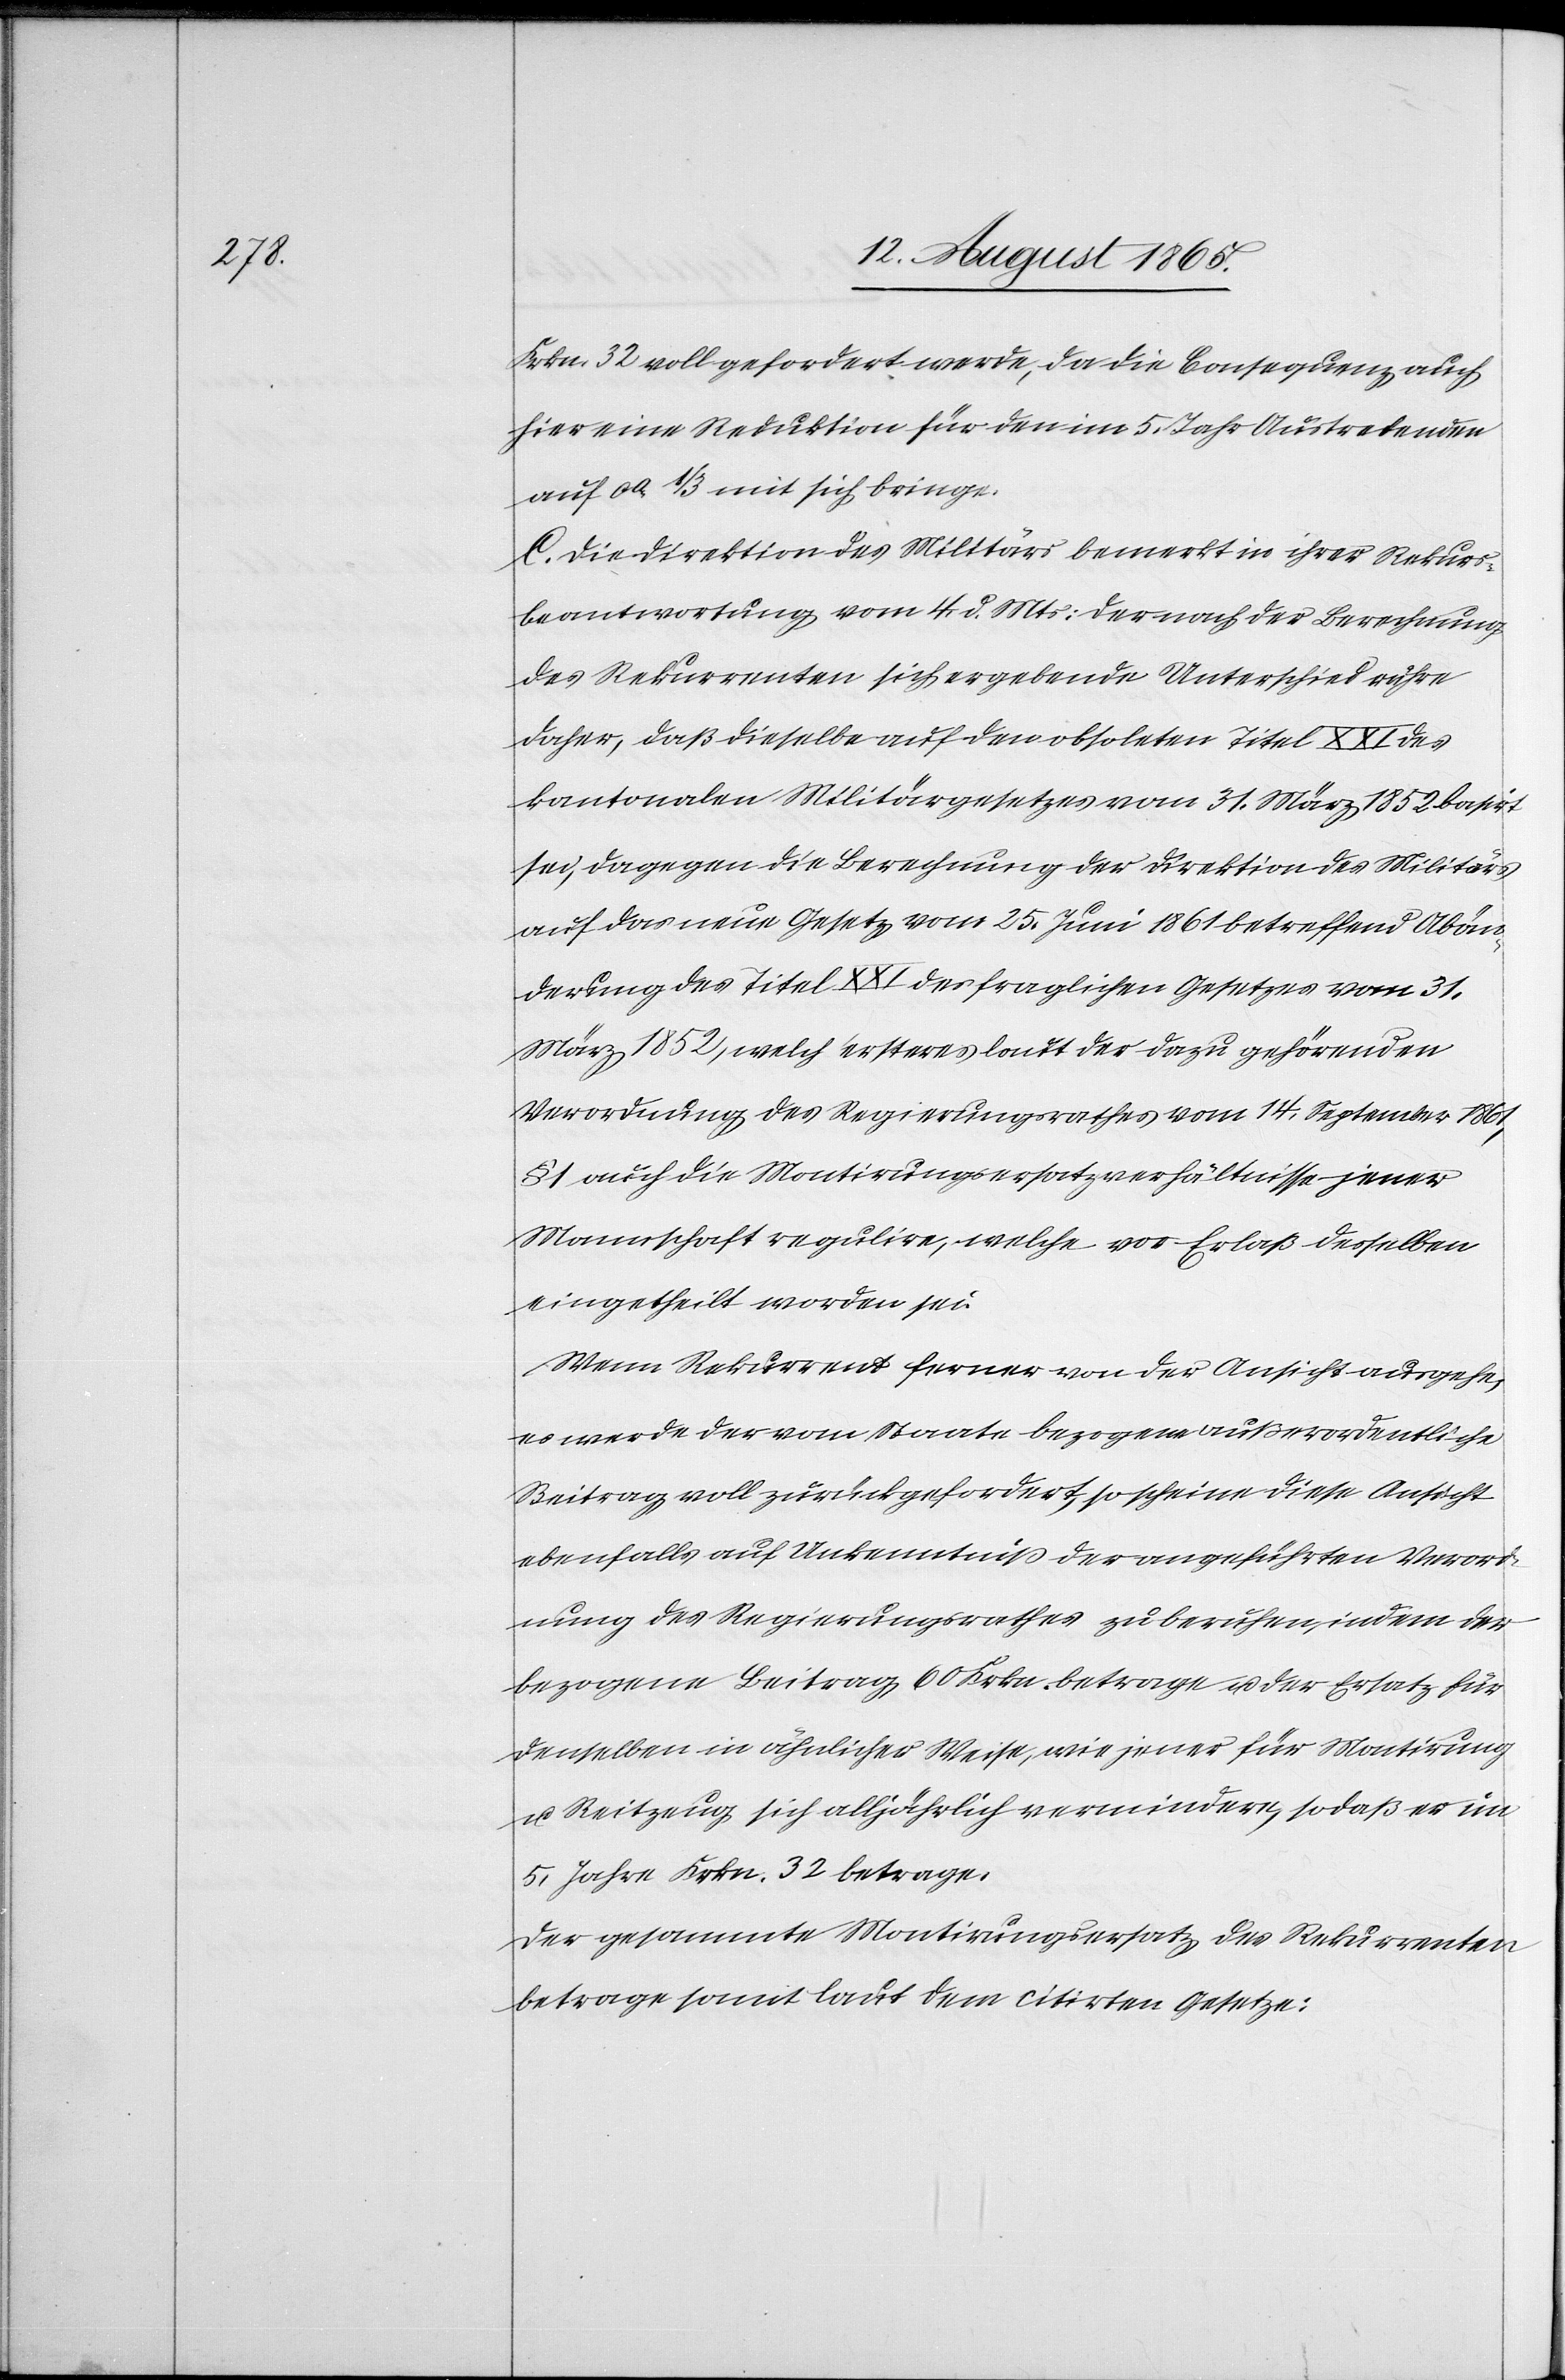
Frkn. 32 voll gefordert werde, da die Consequenz auch
hier eine Reduktion für den im 5. Jahr Austretenden
auf ca 1/3 mit sich bringe.
C. Die Direktion des Militärs bemerkt in ihrer Rekurs¬
beantwortung vom 4. d. Mts: Der nach der Berechnung
des Rekurrenten sich ergebende Unterschied rühre
daher, daß dieselbe auf den obsoleten Titel XXI des
kantonalen Militärgesetzes vom 31. März 1852 basirt
sei, dagegen die Berechnung der Direktion des Militärs
auf das neue Gesetz vom 25. Juni 1861 betreffend Abän¬
derung des Titel XXI des fraglichen Gesetzes vom 31.
März 1852, welch’ ersteres laut der dazu gehörenden
Verordnung des Regierungsrathes vom 14. September 1861,
§ 1 auch die Montirungsersatzverhältnisse jener
Mannschaft regulire, welche vor Erlaß desselben
eingetheilt worden sei.
Wenn Rekurrent ferner von der Ansicht ausgehe,
es werde der vom Staate bezogene außerordentliche
Beitrag voll zurückgefordert, so scheine diese Ansicht
ebenfalls auf Unkenntniß der angeführten Verord¬
nung des Regierungsrathes zu beruhen, indem der
bezogene Beitrag 60 Frkn. betrage u. der Ersatz für
denselben in ähnlicher Weise, wie jener für Montirung
u. Reitzeug sich alljährlich vermindere, sodaß er im
5. Jahre Frkn. 32 betrage.
Der gesammte Montirungsersatz des Rekurrenten
betrage somit laut dem citirten Gesetze: